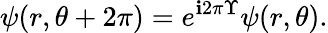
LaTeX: \psi(r,\theta+2\pi)=e^{\mathbf{i}2\pi\Upsilon}\psi(r,\theta).